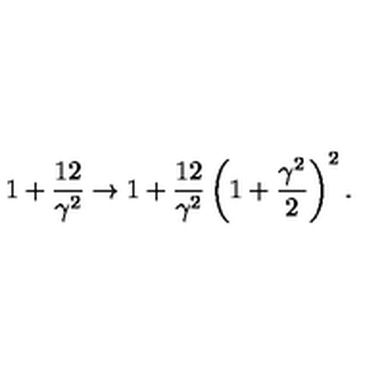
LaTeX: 1 + \frac { 1 2 } { \gamma ^ { 2 } } \to 1 + \frac { 1 2 } { \gamma ^ { 2 } } \left( 1 + \frac { \gamma ^ { 2 } } { 2 } \right) ^ { 2 } .